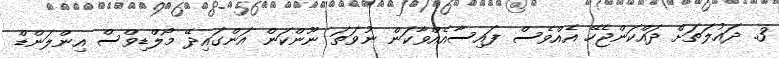
3. ދައުލަތަށް ދައްކަންޖެހޭ އެއްވެސް ފައިސާއެއްވާކަން ނުވަތަ ނޫންކަން އަންގައިދޭ މޯލްޑިވްސް އިންލަންޑް